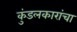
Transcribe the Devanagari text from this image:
कुंडलकारांचा